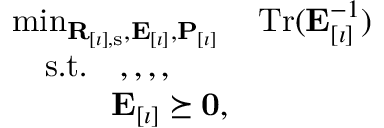
\begin{array} { r l } & { \operatorname* { m i n } _ { \mathbf { R } _ { [ \imath ] , \mathrm { s } } , \mathbf { E } _ { [ \imath ] } , \mathbf { P } _ { [ \imath ] } } \quad \mathrm { T r } ( \mathbf { E } _ { [ \imath ] } ^ { - 1 } ) } \\ & { \quad \mathrm { s . t . } \quad , , , , } \\ & { \quad \quad \quad \mathbf { E } _ { [ \imath ] } \succeq \mathbf { 0 } , } \end{array}